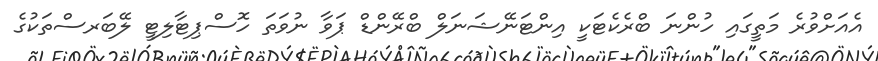
އެއަށްވުރެ މަތީގައި ހުންނަ ބްރެކެޓަކީ އިންޓަނޭޝަނަލް ބްރޭންޑް ޕަވާ ނުވަތަ ހޮސްޕިޓާލިޓީ ލޭބަރސްތަކުގެ